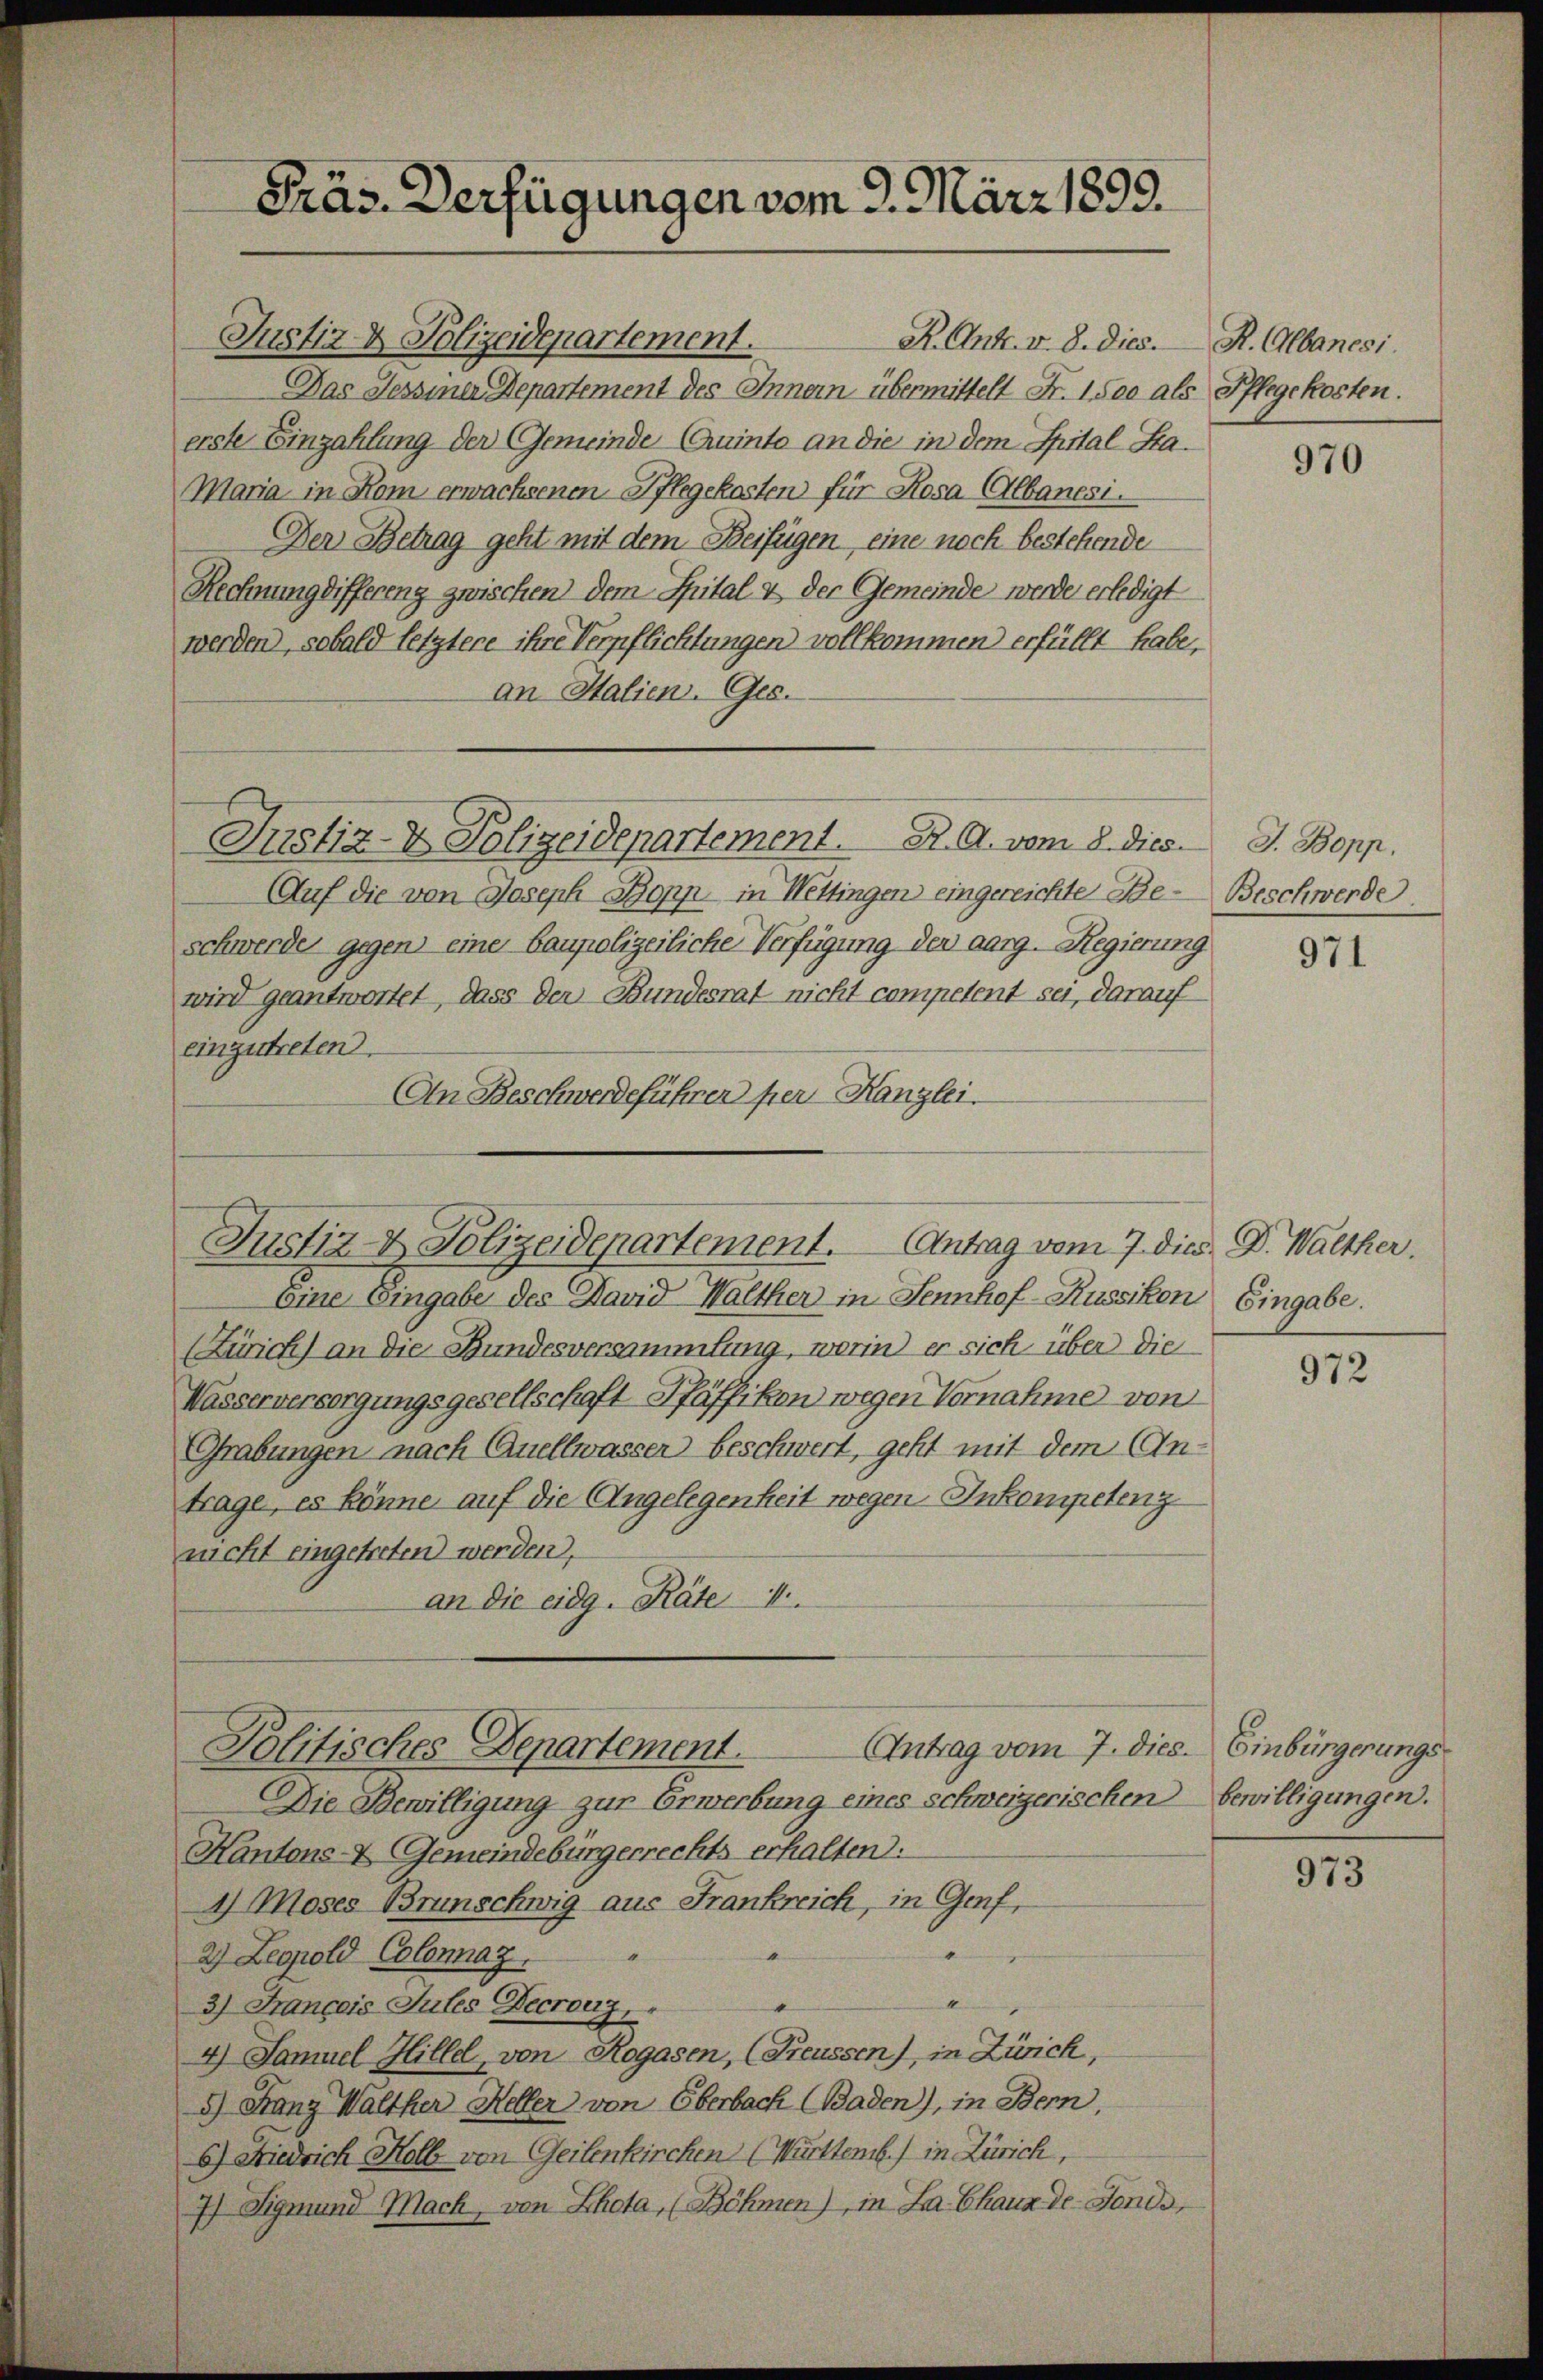
Präs. Verfügungen vom 9. März 1899.

Justiz & Polizeidepartement. Antrag vom 7. dies. D. Walther.

Politisches Departement.

Justiz- & Polizeidepartement.
R. Ant. v. 8. dies. R. Albanesi
Das Tessiner Departement des Innern übermittelt Fr. 1500 als
erste Einzahlung der Gemeinde Quinto an die in dem Spital Sta¬
Maria in Rom erwachsenen Pflegekosten für Rosa Albanesi
Der Betrag geht mit dem Beifügen, eine noch bestehende
Rechnung differenz zwischen dem Spital & der Gemeinde werde erledigt
werden, sobald letztere ihre Verpflichtungen vollkommen erfüllt habe,
an Halieni. Ges.
Justiz- & Polizeidepartement. K. A. vom 8. dies
Auf die von Joseph Bopp in Mettingen eingereichte Be-Beschwerde.
schwerde gegen eine baupolizeiliche Verfügung der aarg. Regierung
wird geantwortet, dass der Bundesrat nicht competent sei, darauf
einzutreten.
An Beschwerdeführer per Kanzlei.

eine Eingabe des David Walther in Jennhof-Russikon Eingabe.
(Zürich) an die Bundesversammlung, worin er sich über die
Wasserversorgungsgesellschaft Pfäffikon wegen Vornahme von
Grabungen nach Quellwasser beschwert, geht mit dem Antrage, es könne auf die Angelegenheit wegen Inkompetenz
nicht eingetreten werden,
an die eidg. Räte

Antrag vom 7. dies. Einbürgerungs-
Die Bewilligung zur Erwerbung eines schweizerischen bewilligungen.
Kantons- & Gemeindebürgerrechts erhalten:
2) Moses Brunschwig aus Frankreich, in Genf,
2) Leopold Colonaz
3) Francois Jules Decrouz,
4) Samuel Hillel, von Rogasen, (Freussen), in Zürich,
5) Franz Walther Heller von Oberbach Baden), in Bern,
6) Niedrich Kolb von Geilenkirchen (Württemb.) in Zürich,
7) Sigmund Mach, von Khota, (Böhmen), in La Chaux-de-Fonds,

Pflegekosten.

970

J. Bopp.

971

972

973